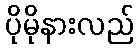
ပိုမိုနားလည်